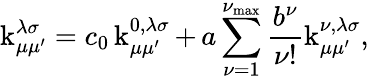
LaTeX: \operatorname{k}_{\mu\mu^{\prime}}^{\lambda\sigma}=c_{0}\operatorname{k}_{\mu\mu^{\prime}}^{0,\lambda\sigma}+\, a\sum_{\nu=1}^{\nu_{\mathrm{max}}}\frac{b^{\nu}}{\nu!}\operatorname{k}_{\mu\mu^{\prime}}^{\nu,\lambda\sigma},